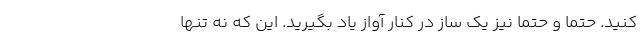
کنید. حتما و حتما نیز یک ساز در کنار آواز یاد بگیرید. این که نه تنها